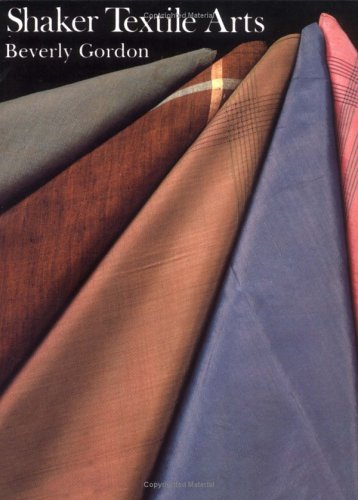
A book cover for SHAKER TEXTILE ARTS; Beverly Gordon; Christian Books & Bibles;